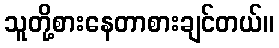
သူတို့စားနေတာစားချင်တယ်။